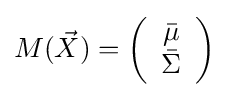
M({\vec {X}})=\left({\begin{array}{*{20}c}{\bar {\mu }}\\{\bar {\Sigma }}\\\end{array}}\right)